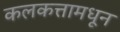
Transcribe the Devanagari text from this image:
कलकत्तामधून